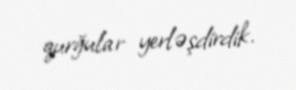
qurğular yerləşdirdik.